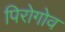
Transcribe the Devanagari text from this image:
पिरोगोव